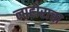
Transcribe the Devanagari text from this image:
लाहोराचा